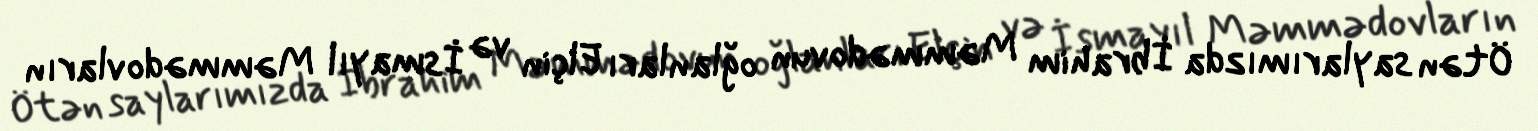
Ötən saylarımızda İbrahim Məmmədovun oğlanları Elçin və İsmayıl Məmmədovların